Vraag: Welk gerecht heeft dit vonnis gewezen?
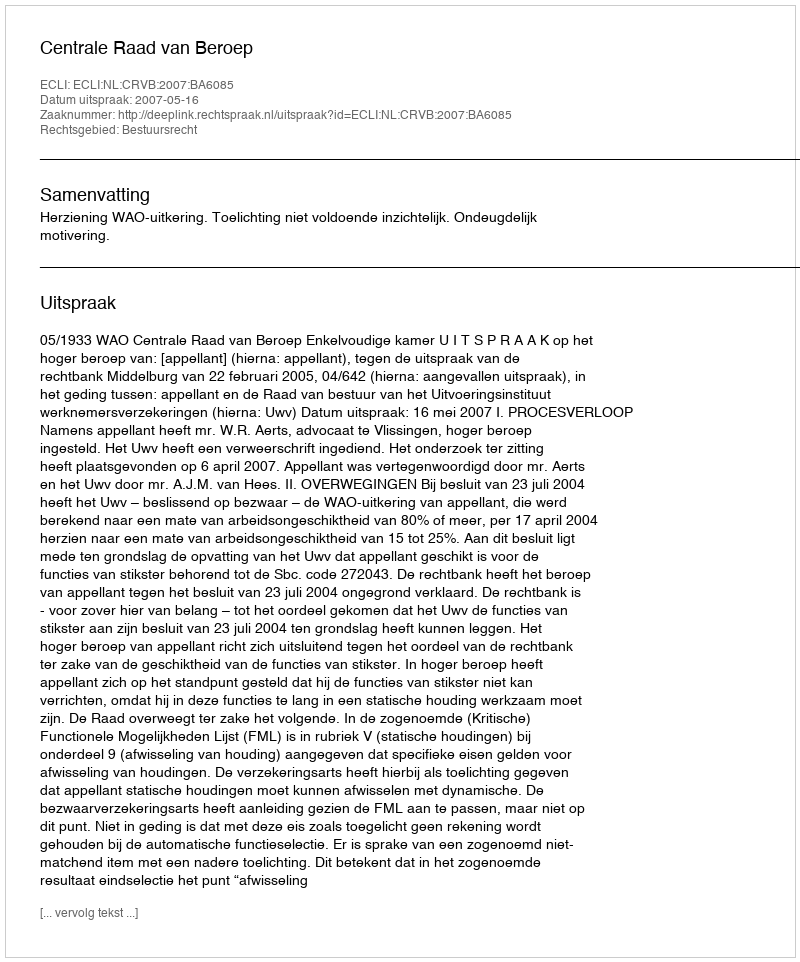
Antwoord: Centrale Raad van Beroep